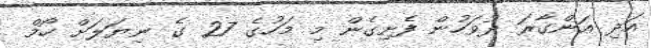
އަދި އަންގާރަ ދުވަހުން ފެށިގެން މި މަހުގެ 27 ގެ ނިޔަލަށް ހޯމް